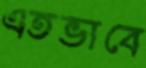
এতভাবে